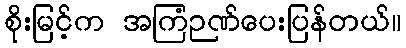
စိုးမြင့်က အကြံဉဏ်ပေးပြန်တယ်။